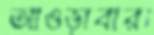
আওড়াবার